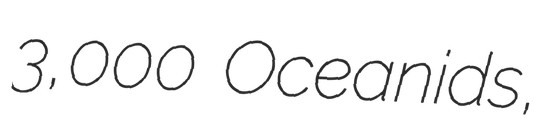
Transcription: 3,000 Oceanids,